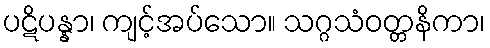
ပဋိပန္နာ၊ ကျင့်အပ်သော။ သဂ္ဂသံဝတ္တနိကာ၊